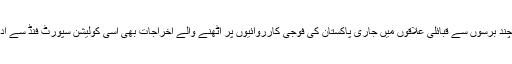
پاکستان گذشہ چند برسوں سے قبائلی علاقوں میں جاری پاکستان کی فوجی کارروائیوں پر اٹھنے والے اخراجات بھی اسی کولیشن سپورٹ فنڈ سے ادا کرتا رہا ہے۔